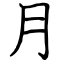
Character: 月